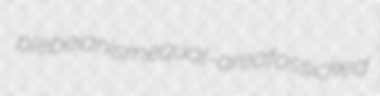
plebeianism equal-area fossicked